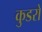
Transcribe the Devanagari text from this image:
कुडरो